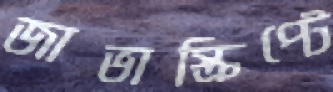
জাভাস্ক্রিপ্টে